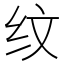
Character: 纹